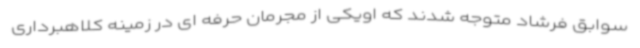
سوابق فرشاد متوجه شدند که اویکی از مجرمان حرفه ای در زمینه کلاهبرداری